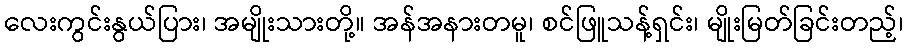
လေးကွင်းနွယ်ပြား၊ အမျိုးသားတို့။ အန်အနားတမူ၊ စင်ဖြူသန့်ရှင်း၊ မျိုးမြတ်ခြင်းတည့်၊